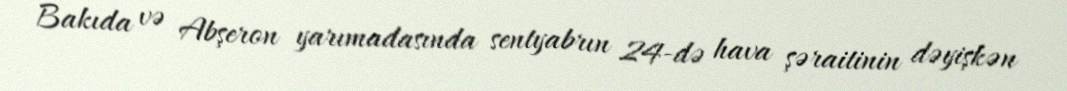
Bakıda və Abşeron yarımadasında sentyabrın 24-də hava şəraitinin dəyişkən